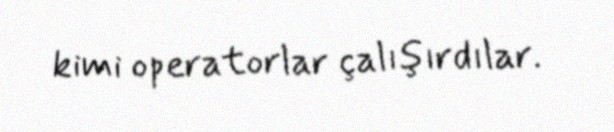
kimi operatorlar çalışırdılar.